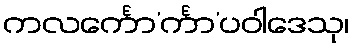
ကလင်္ကော’င်္ကာ’ပဝါဒေသု၊